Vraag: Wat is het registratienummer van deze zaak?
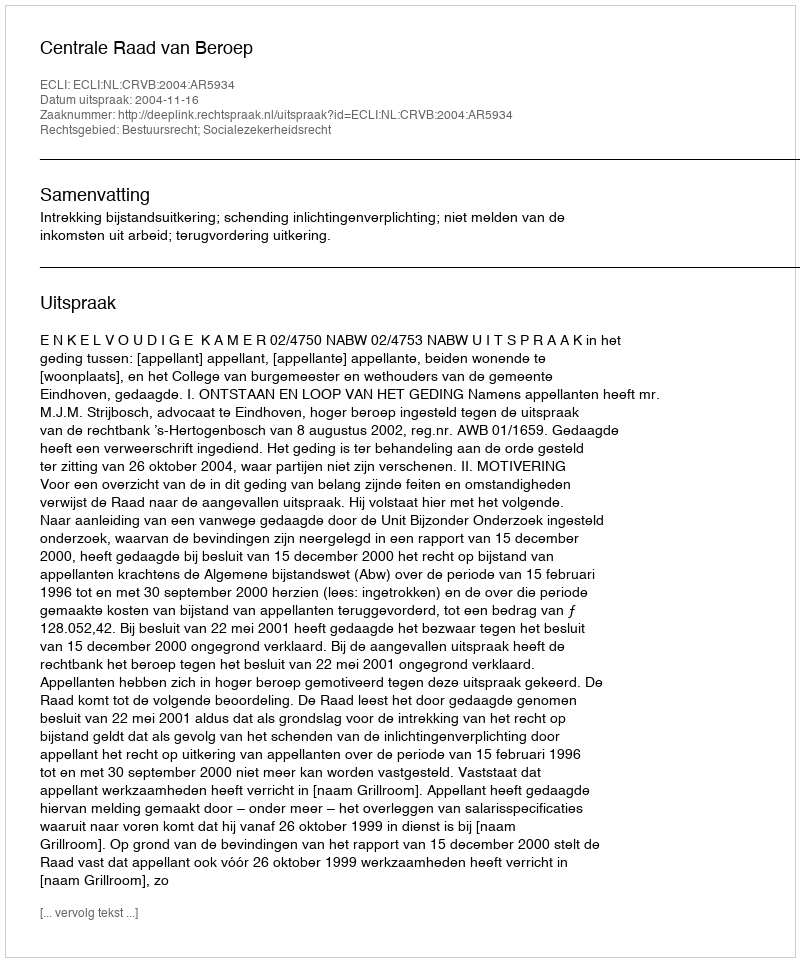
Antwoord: http://deeplink.rechtspraak.nl/uitspraak?id=ECLI:NL:CRVB:2004:AR5934